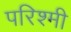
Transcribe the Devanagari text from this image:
परिश्मी